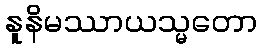
နူနိမဿာယသ္မတော